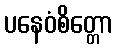
ပနေဝံစိတ္တော